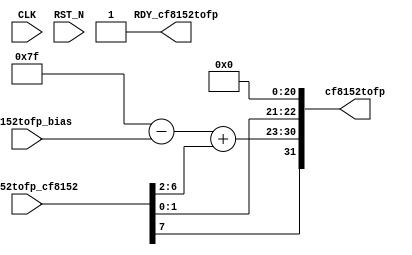
//
// Generated by Bluespec Compiler, version 2021.12.1 (build fd501401)
//
// On Sun Dec 10 11:19:19 IST 2023
//
//
// Ports:
// Name                         I/O  size props
// cf8152tofp                     O    32
// RDY_cf8152tofp                 O     1 const
// CLK                            I     1 unused
// RST_N                          I     1 unused
// cf8152tofp_cf8152              I     8
// cf8152tofp_bias                I     6
//
// Combinational paths from inputs to outputs:
//   (cf8152tofp_cf8152, cf8152tofp_bias) -> cf8152tofp
//
//

`ifdef BSV_ASSIGNMENT_DELAY
`else
  `define BSV_ASSIGNMENT_DELAY
`endif

`ifdef BSV_POSITIVE_RESET
  `define BSV_RESET_VALUE 1'b1
  `define BSV_RESET_EDGE posedge
`else
  `define BSV_RESET_VALUE 1'b0
  `define BSV_RESET_EDGE negedge
`endif

module mkcf8152toFP32(CLK,
		      RST_N,

		      cf8152tofp_cf8152,
		      cf8152tofp_bias,
		      cf8152tofp,
		      RDY_cf8152tofp);
  input  CLK;
  input  RST_N;

  // value method cf8152tofp
  input  [7 : 0] cf8152tofp_cf8152;
  input  [5 : 0] cf8152tofp_bias;
  output [31 : 0] cf8152tofp;
  output RDY_cf8152tofp;

  // signals for module outputs
  wire [31 : 0] cf8152tofp;
  wire RDY_cf8152tofp;

  // remaining internal signals
  wire [7 : 0] x__h65, y__h66, y__h67;

  // value method cf8152tofp
  assign cf8152tofp =
	     { cf8152tofp_cf8152[7],
	       x__h65 + y__h66,
	       cf8152tofp_cf8152[1:0],
	       21'b0 } ;
  assign RDY_cf8152tofp = 1'd1 ;

  // remaining internal signals
  assign x__h65 = 8'b01111111 - y__h67 ;
  assign y__h66 = { 3'b0, cf8152tofp_cf8152[6:2] } ;
  assign y__h67 = { 2'b0, cf8152tofp_bias } ;
endmodule  // mkcf8152toFP32